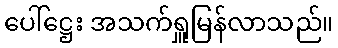
ပေါ်ဋ္ဌေး အသက်ရှူမြန်လာသည်။